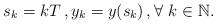
LaTeX: \begin{align*}s_k=kT \,, y_k=y(s_k) \,, \forall \ k \in \mathbb{N}.\end{align*}